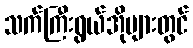
သက်ကြီးရွယ်အိုများတွင်